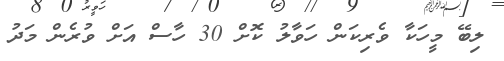
ލިބޭ މީހަކާ ވެރިކަން ހަވާލު ކޮށް 30 ހާސް އަށް ވުރެން މަދު